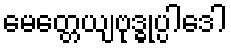
မေတ္တေယျဗုဒ္ဓုပ္ပါဒေါ